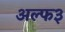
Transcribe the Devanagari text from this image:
अल्फ३